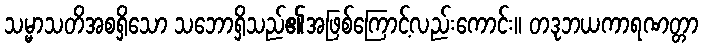
သမ္မာသတိအစရှိသော သဘောရှိသည်၏အဖြစ်ကြောင့်လည်းကောင်း။ တဒုဘယကာရဏတ္တာ